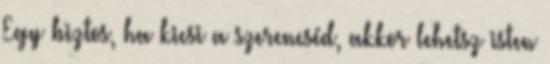
Egy biztos, ha kicsi a szerencséd, akkor lehetsz isten